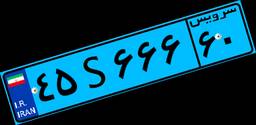
۴۵S۶۶۶۶۰